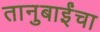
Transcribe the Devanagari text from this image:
तानुबाईंचा